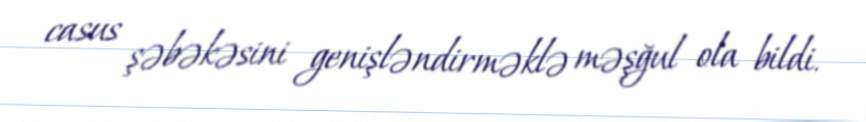
casus şəbəkəsini genişləndirməklə məşğul ola bildi.